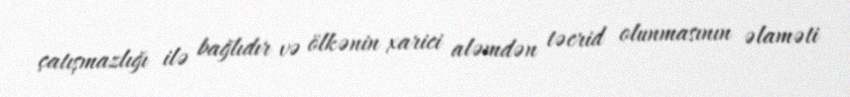
çatışmazlığı ilə bağlıdır və ölkənin xarici aləmdən təcrid olunmasının əlaməti